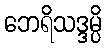
ဘေရိသဒ္ဒမ္ပိ